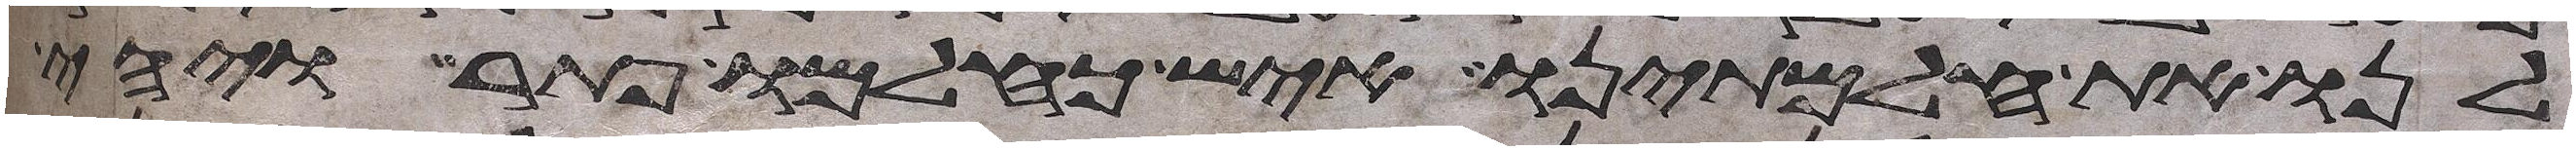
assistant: לנו את חלמתינו איש כחלמו פתר ויהי